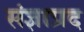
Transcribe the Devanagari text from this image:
संज्ञाप्रद